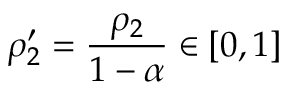
\rho _ { 2 } ^ { \prime } = \frac { \rho _ { 2 } } { 1 - \alpha } \in [ 0 , 1 ]